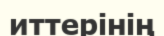
иттерінің